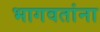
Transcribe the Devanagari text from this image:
भागवतांना